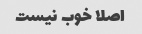
اصلا خوب نیست